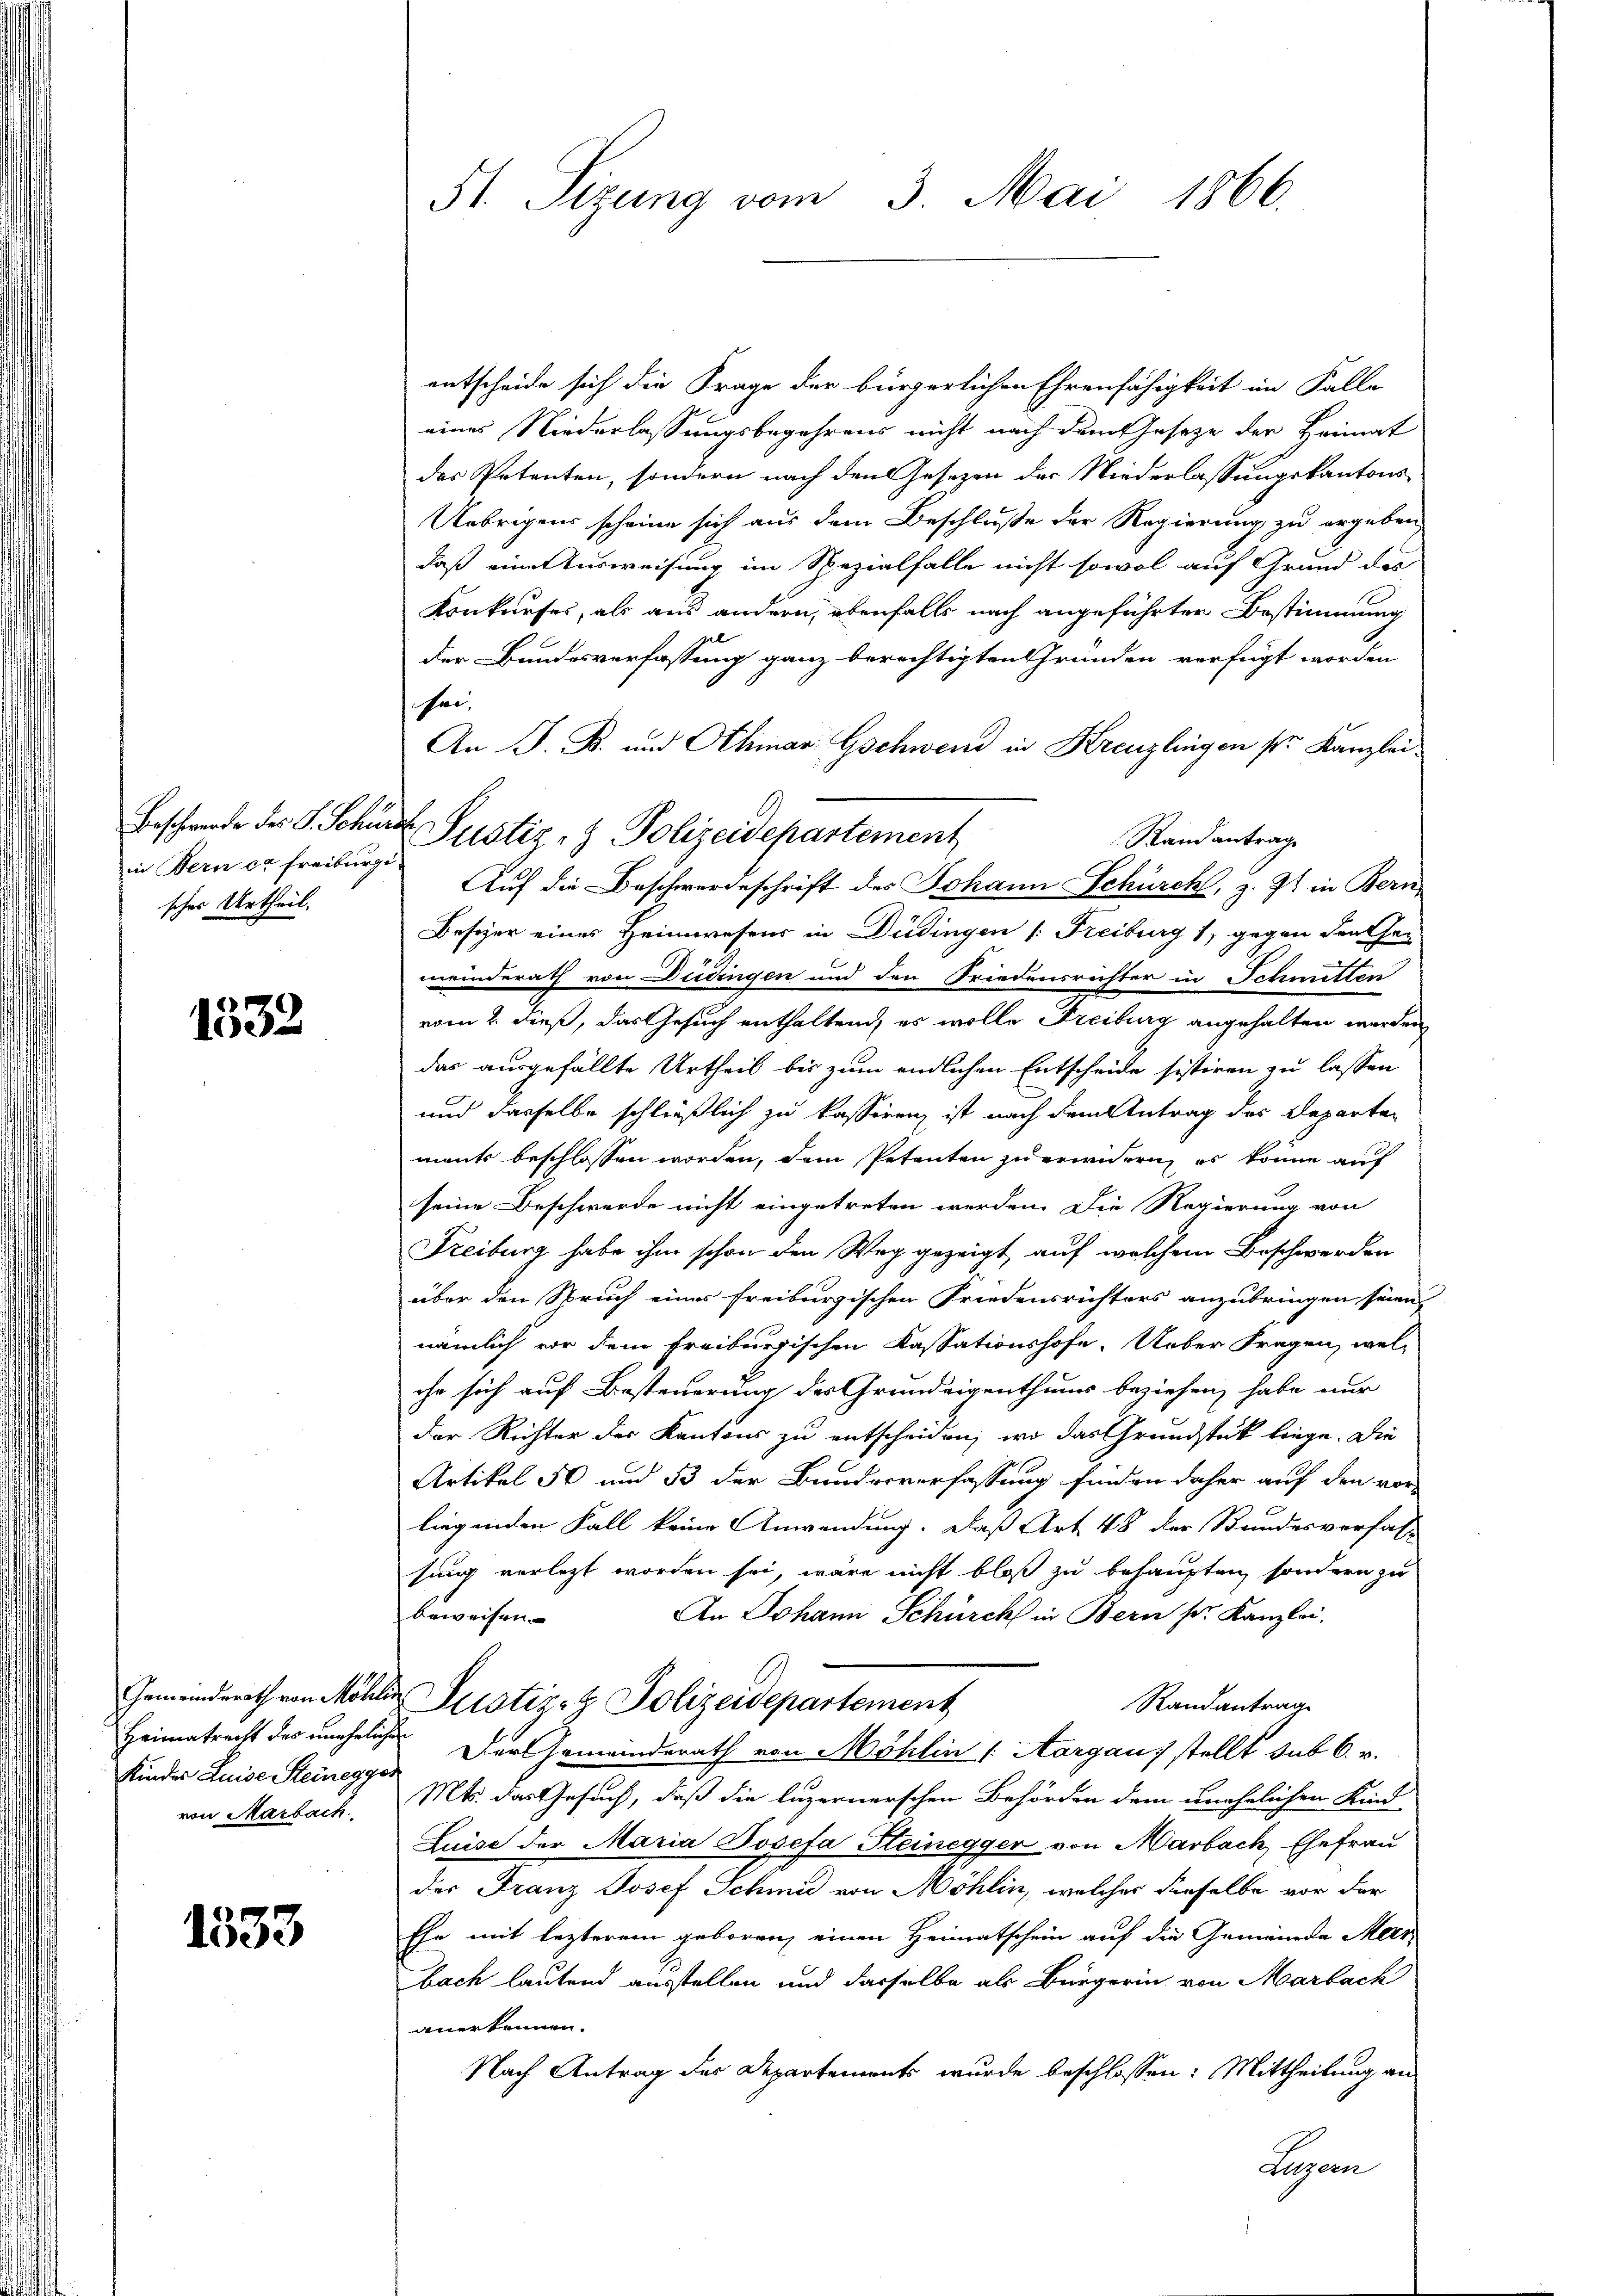
in Bern ca Freiburg
sches Urtheil.

1332

Kindes Luise Steinegger
von Marbach.

1553

St. Sizung vom 3. Mai 1866.

Beschwerde des S. Schür Justiz- & Polizeidepartement
a

entscheide sich die Frage der bürgerlichen Ehrenfähigkeit im Falle
eines Niederlassungsbegehrens nicht nach dem Gesetze der Heimat
des Petenten, sondern nach den Gesezen der Niederlassungskantons
Uebrigens scheine sich aus dem Beschluße der Regierung zu ergeben,
daß einer Ausweisung im Spezialfalle nicht sowol auf Grund der
Konkurses, als aus andern, ebenfalls nach angeführten Bestimmung
der Bundesverfassung ganz berechtigten Gründen verfügt worden
sei,
An J. B. und Othmar Gschwend in Kreuzlingen sr. Kanzlei¬
Stand antrage
Auf die Beschwerdeschrift des Johann Schürch, z. Z. in Bern,
Besizer eines Heimwesens in Düdingen [Freiburg 1, gegen der Ehen
meinderath von Düdingen und den Friedensrichter in Schmitten
vom 2. dieß, das Gesuch enthaltend, es wolle Freiburg angehalten werden,
das ausgefällte Urtheil bis zum endlichen Entscheide sistiren zu lassen
und dasselbe schließlich zu kassiren, ist nach dem Antrag des Departen
ments beschlossen worden, dem Petenten zu erwidern, es könne auf
seine Beschwerde nicht eingetreten werden. Die Regierung von
Freiburg habe ihm schon den Weg gezeigt, auf welchem Beschwerden
über den Spruch einer freiburgischen Friedensrichters anzubringen seien,
nämlich vor dem Freiburgischen Kassationshofe. Ueber Fragen, welche sich auf Besteuerung des Grundeigenthums beziehen, habe nur
der Richter des Kantons zu entscheiden, wo das Grundstück liege. Die
Artikel 50 und 33 der Bundesverfassung finden daher auf den vor-
liegenden Fall keine Anwendung. Daß Art. 48 der Bundesverfal
sung verletzt worden sei, wäre nicht bloß zu behaupten, sondern zu
An Johann Schürch in Bern sr. Kanzlei.
beweisen.
Gemeinderath von Möhlin erstiz- & Polizeidepartement
Randantrag
Heimatrecht des uneheliche Der Gemeinderath von Möhlin (Aargaus stellt sub 6. v.
Mts. das Gesuch, daß die luzernerschen Behörden dem unehelichen Kind
Luise der Maria Josefa Steinegger von Marbach, Ehefrau
der Franz Josef Schmid von Möhlin, welcher dieselbe vor der
Ehe mit lezterem geboren, einen Heimatschein auf die Gemeinde Meer
bach lautend ausstellen und dasselbe als Bürgerin von Marbach
anerkennen.
Nach Antrag der Departements wurde beschlossen: Mittheilung an
Luzern